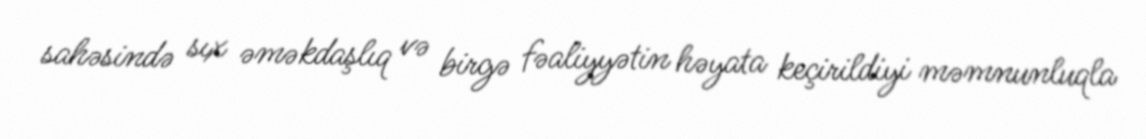
sahəsində sıx əməkdaşlıq və birgə fəaliyyətin həyata keçirildiyi məmnunluqla